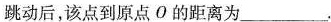
跳动后，该点到原点O的距离为___。